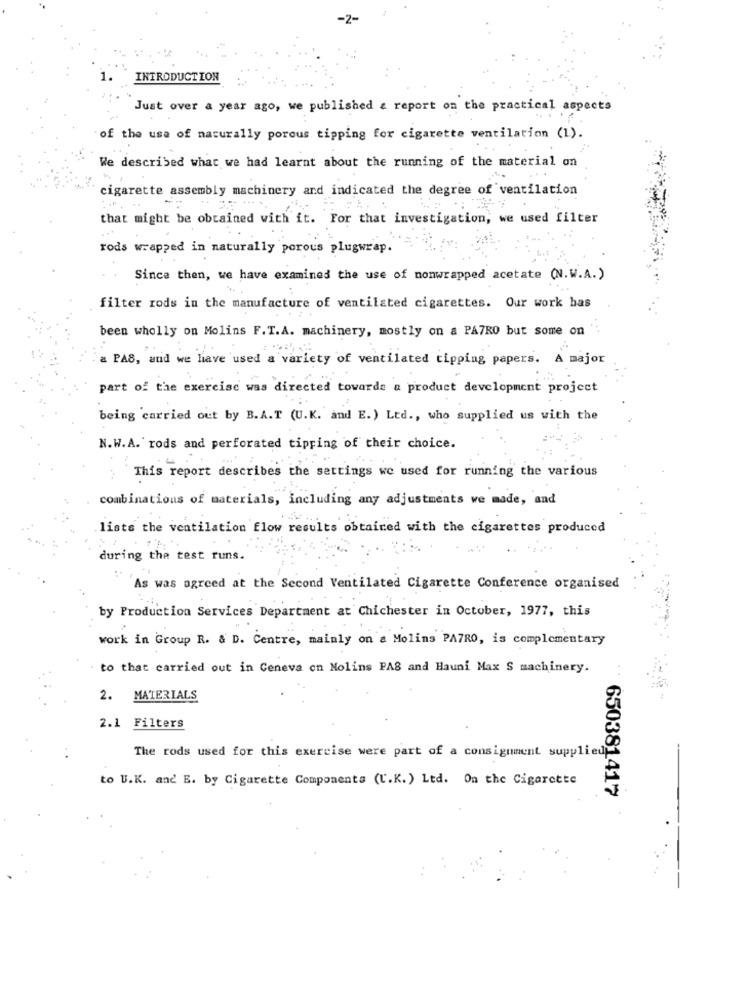
INTRODUCTION
Just over a year ago, we published & report on the practical aspects
of the use of naturally porous tipping for cigarette ventilation (1).
We described what we had learnt about the running of the material on
cigarette assembly machinery and indicated the degree of ventilation
.....
that might be obtained with it. For that investigation, we used filter
rods wrapped in naturally porous plugwrap.
Since then, we have examined the use of nonwrapped acetate (N.W.A.)
filter rods in the manufacture of ventilated cigarettes. Our work has
been wholly on Molins F.T.A. machinery, mostly on a PAZRO but some on
a PAS, and we have used a variety of ventilated tipping papers. A major
part of the exercise was directed towards a product development project
being carried out by B.A.T (U.K. and E.) Ltd ., who supplied us with the
N.W.A. rods and perforated tipping of their choice.
This report describes the settings we used for running the various
combinations of materials, including any adjustments ve made, and
lists the ventilation flow results obtained with the cigarettes produced
during the test runs.
As was agreed at the Second Ventilated Cigarette Conference organised
by Production Services Department at Chichester in October, 1977, this
work in Group R. & D. Centre, mainly on a Molins PATRO, is complementary
to that carried out in Geneva on Molins PAS and Hauni Max S machinery.
2. MATERIALS
2.1 Filters
The rods used for this exercise were part of a consignment supplied
to U.K. and E. by Cigarette Components (U.K.) Ltd. On the Cigarette
650381417